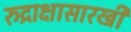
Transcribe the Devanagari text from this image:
रुद्राक्षासारखी